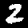
Label: 2